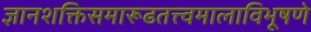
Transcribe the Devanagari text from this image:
ज्ञानशक्तिसमारूढतत्त्वमालाविभूषणे